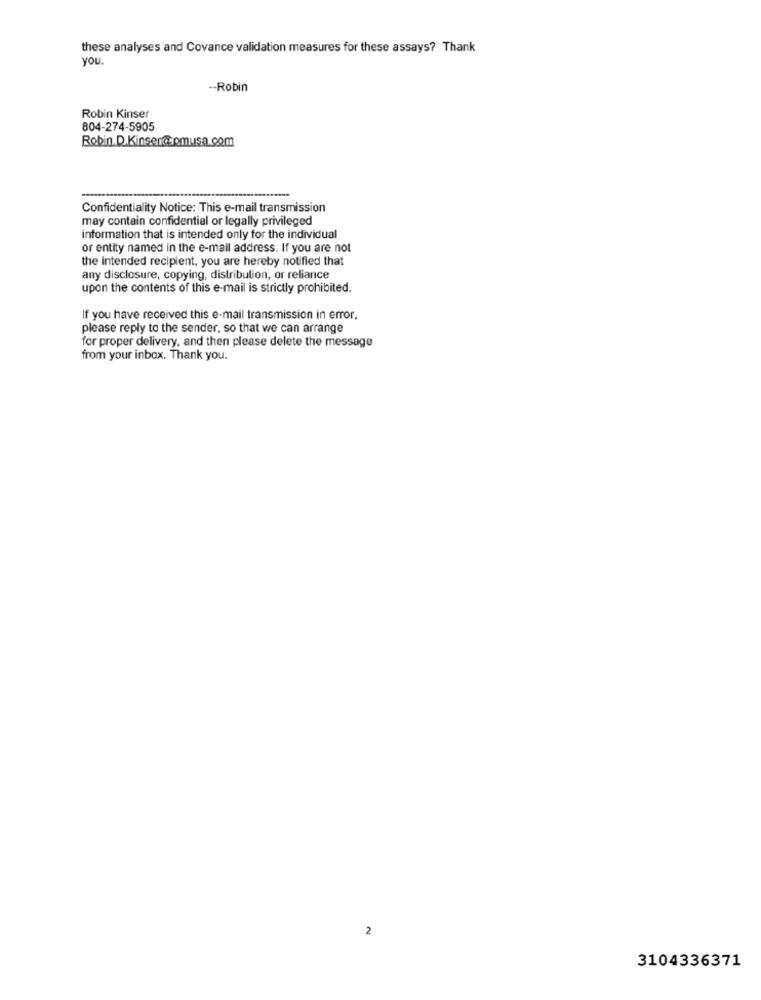
these analyses and Covance validation measures for these assays? Thank
you.
-- Robin
Robin Kinser
804-274-5905
Robin.D.Kinsercomusa.com
Confidentiality Notice: This e-mail transmission
may contain confidential or legally privileged
information that is intended only for the individual
or entity named in the e-mail address. If you are not
the Intended recipient, you are hereby notified that
any disclosure, copying, distribution, or reliance
upon the contents of this e-mail is strictly prohibited.
If you have received this e-mail transmission in error,
please reply to the sender, so that we can arrange
for proper delivery, and then please delete the message
from your inbox. Thank you.
2
3104336371